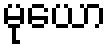
မုယော